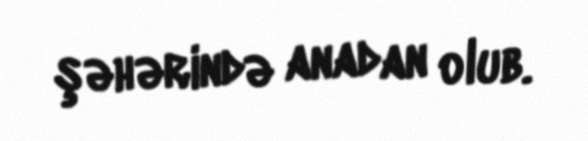
şəhərində anadan olub.